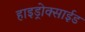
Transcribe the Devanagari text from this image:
हाइड्रोक्साईड